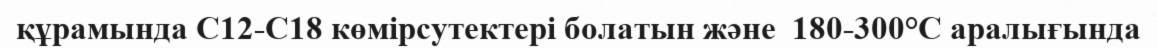
құрамында С12-С18 көмірсутектері болатын және  180-300°С аралығында